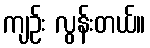
ကျဉ်း လွန်းတယ်။